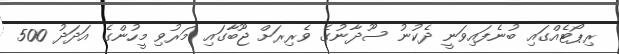
ރިޕޯޓެއްގައި ބުނެފައިވަނީ ދެކުނު ސޫދާނުގެ ވެރިރަށް ޖޫބާގައި މަރުވި މީހުންގެ އަދަދު 500